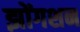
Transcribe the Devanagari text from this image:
झोंगशन